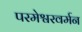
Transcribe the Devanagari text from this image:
परमेश्वरवर्मन